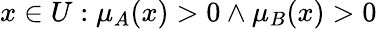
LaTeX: x\in{U}:\mu_{A}(x)>0\land\mu_{B}(x)>0